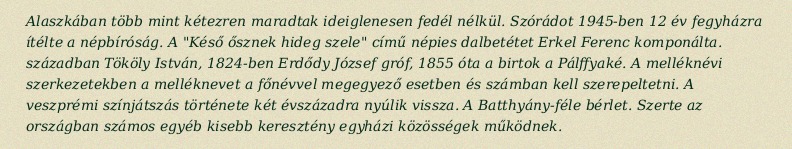
Alaszkában több mint kétezren maradtak ideiglenesen fedél nélkül. Szórádot 1945-ben 12 év fegyházra ítélte a népbíróság. A "Késő ősznek hideg szele" című népies dalbetétet Erkel Ferenc komponálta. században Tököly István, 1824-ben Erdődy József gróf, 1855 óta a birtok a Pálffyaké. A melléknévi szerkezetekben a melléknevet a főnévvel megegyező esetben és számban kell szerepeltetni. A veszprémi színjátszás története két évszázadra nyúlik vissza. A Batthyány-féle bérlet. Szerte az országban számos egyéb kisebb keresztény egyházi közösségek működnek.